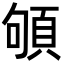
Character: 䪷